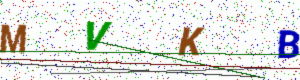
Text: MVKB